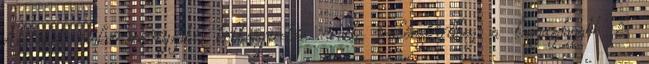
Az első önkormányzati költségvetés volt valószínűleg a leggazdagabb és